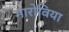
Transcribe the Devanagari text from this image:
मारोविया